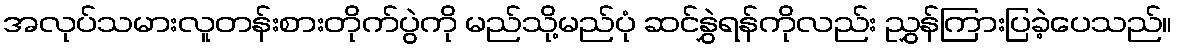
အလုပ်သမားလူတန်းစားတိုက်ပွဲကို မည်သို့မည်ပုံ ဆင်နွှဲရန်ကိုလည်း ညွှန်ကြားပြခဲ့ပေသည်။